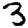
Digit: 3